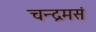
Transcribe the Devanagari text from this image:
चन्द्रमसं